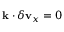
\mathbf { k } \cdot \delta \mathbf { v } _ { x } = 0